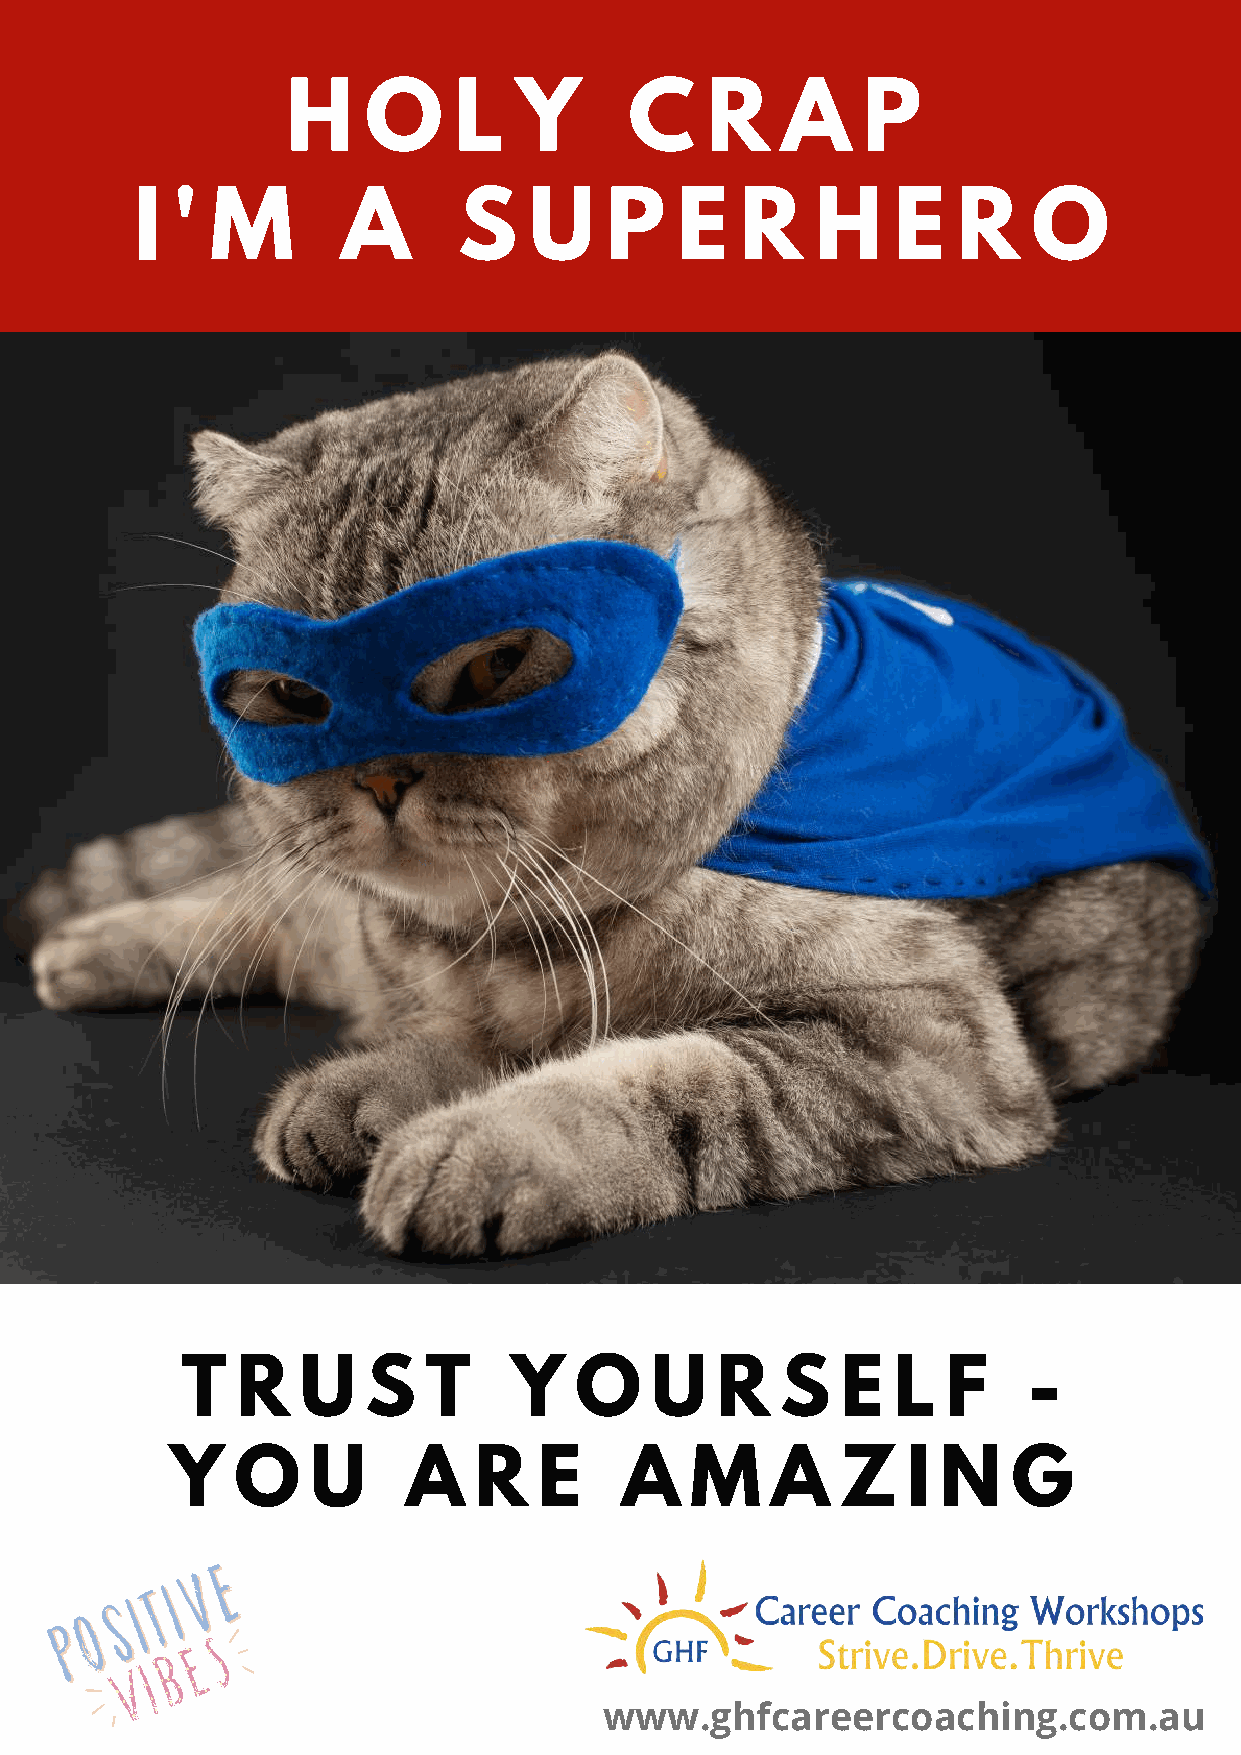
H    O     L   Y       C    R    A    P
 I '  M        A      S    U    P    E   R    H    E   R    O
 T   R   U   S   T     Y   O    U   R    S   E  L   F    -
 Y    O    U     A   R    E    A    M    A    Z   I N    G
 www.ghfcareercoaching.com.au